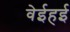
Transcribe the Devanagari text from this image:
वेईहई